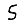
Digit: 5